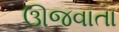
ઊજવાતા